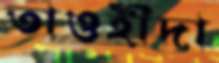
তাওহীদা